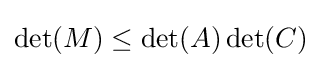
\det(M)\leq \det(A)\det(C)